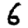
Digit: 6